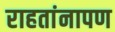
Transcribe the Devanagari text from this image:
राहतांनापण